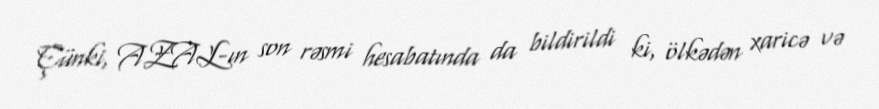
Çünki, AZAL-ın son rəsmi hesabatında da bildirildi ki, ölkədən xaricə və